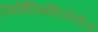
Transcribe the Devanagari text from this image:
निर्मितिप्रक्रियेतील